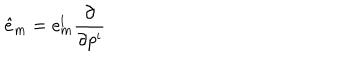
\hat { e } _ { \mathrm { m } } = e _ { \mathrm { m } } ^ { \mathrm { i } } { \frac { \partial } { \partial p ^ { \mathrm { i } } } }